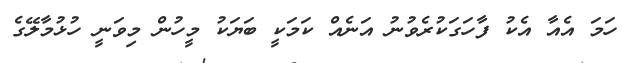
ހަމަ އެއާ އެކު ފާހަގަކުރެވުނު އަނެއް ކަމަކީ ބަޔަކު މީހުން މިވަނީ ހުޅުމާލޭގެ